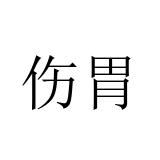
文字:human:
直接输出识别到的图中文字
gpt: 伤胃